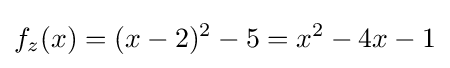
f_{z}(x)=(x-2)^{2}-5=x^{2}-4x-1